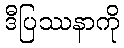
ဒီပြဿနာကို